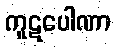
ကူဋပေါဏာ